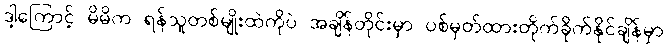
ဒါ့ကြောင့် မိမိက ရန်သူတစ်မျိုးထဲကိုပဲ အချိန်တိုင်းမှာ ပစ်မှတ်ထားတိုက်ခိုက်နိုင်ချိန်မှာ